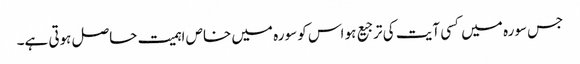
جس سورہ میں کسی آیت کی ترجیع ہو اس کو سورہ میں خاص اہمیت حاصل ہوتی ہے۔